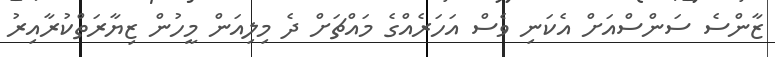
ޒާންސެ ސަންސްއަށް އެކަނި ވެސް އަހަރެއްގެ މައްޗަށް ދެ މިލިއަން މީހުން ޒިޔާރަތްކުރާއިރު